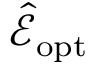
\hat { \mathcal E } _ { \mathrm { o p t } }